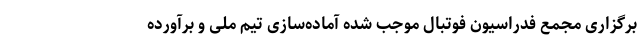
برگزاری مجمع فدراسیون فوتبال موجب شده آماده‌سازی تیم ملی و برآورده